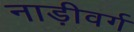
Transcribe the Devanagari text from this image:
नाड़ीवर्ग